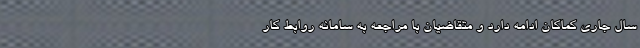
سال جاری کماکان ادامه دارد و متقاضیان با مراجعه به سامانه روابط کار